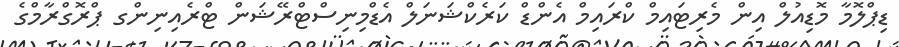
ޑިޕްލޮމާ މޮޑިއުލް އިން މެރިޓައިމް ކްރައިމް އެންޑް ކަރެކްޝަނަލް އެޑްމިނިސްޓްރޭޝަން ޓްރެއިނިންގ ޕްރޮގްރާމްގެ